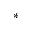
^ \ast